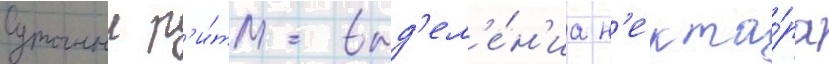
Суточныи р'и́тм выд'ел'е́н'иа н'екта́ра